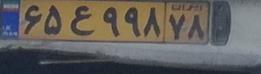
۶۵ع۹۹۸۷۸